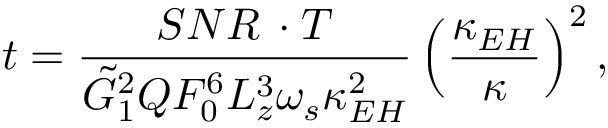
t = \frac { S N R \, \cdot T } { \tilde { G } _ { 1 } ^ { 2 } Q F _ { 0 } ^ { 6 } L _ { z } ^ { 3 } \omega _ { s } \kappa _ { E H } ^ { 2 } } \left( \frac { \kappa _ { E H } } { \kappa } \right) ^ { 2 } ,